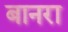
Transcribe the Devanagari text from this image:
बानरा